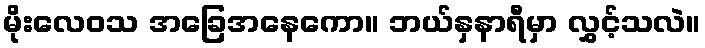
မိုးလေဝသ အခြေအနေကော။ ဘယ်နှနာရီမှာ လွှင့်သလဲ။